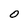
Character: O